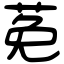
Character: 莬